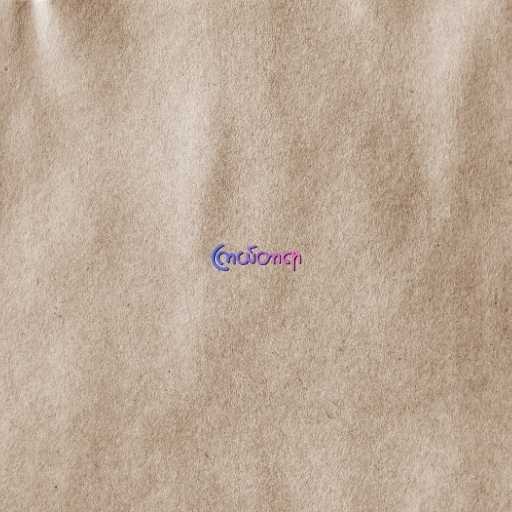
ကြယ်တာရာ